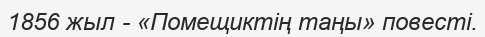
1856 жыл - «Помещиктің таңы» повесті.